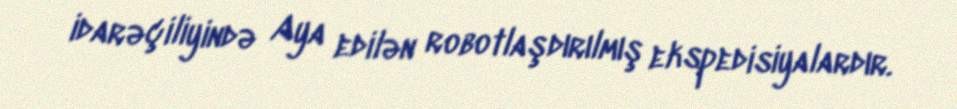
idarəçiliyində Aya edilən robotlaşdırılmış ekspedisiyalardır.